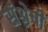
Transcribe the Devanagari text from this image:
संश्लेषी